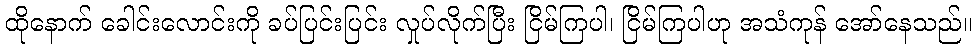
ထိုနောက် ခေါင်းလောင်းကို ခပ်ပြင်းပြင်း လှုပ်လိုက်ပြီး ငြိမ်ကြပါ၊ ငြိမ်ကြပါဟု အသံကုန် အော်နေသည်။